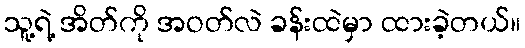
သူ့ရဲ့ အိတ်ကို အဝတ်လဲ ခန်းထဲမှာ ထားခဲ့တယ်။